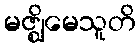
မဇ္ဈိမေသူတိ